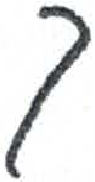
אות: ך